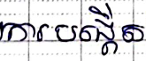
ការបង្កើត